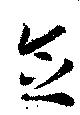
念